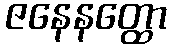
ဇနေနတ္ထော